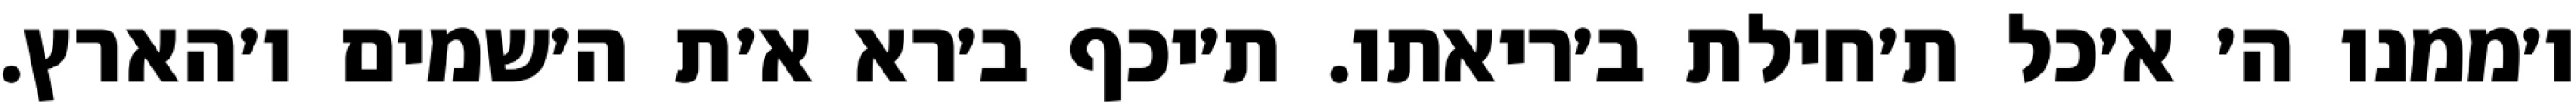
ו׳ממנו ה׳ א׳כל ת׳חילת ב׳ריאתו. ת׳יכף ב׳רא א׳ת ה׳שמים ו׳הארץ.